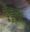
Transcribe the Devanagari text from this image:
ढूँढूगी